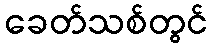
ခေတ်သစ်တွင်